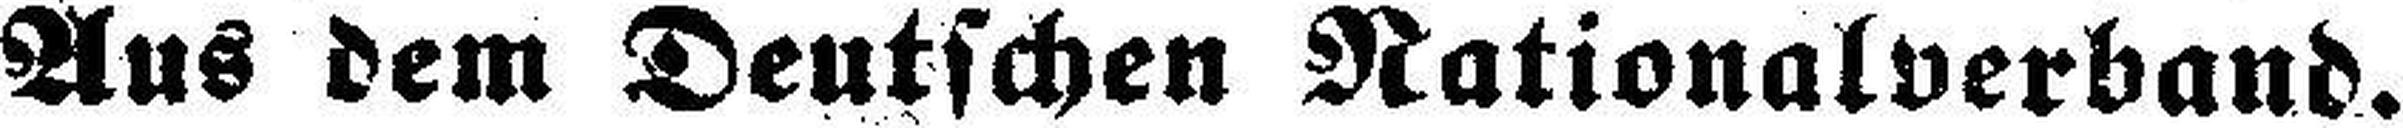
Aus dem Deutschen Nationalverband.